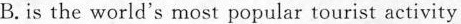
B.is the world's most popular tourist activity